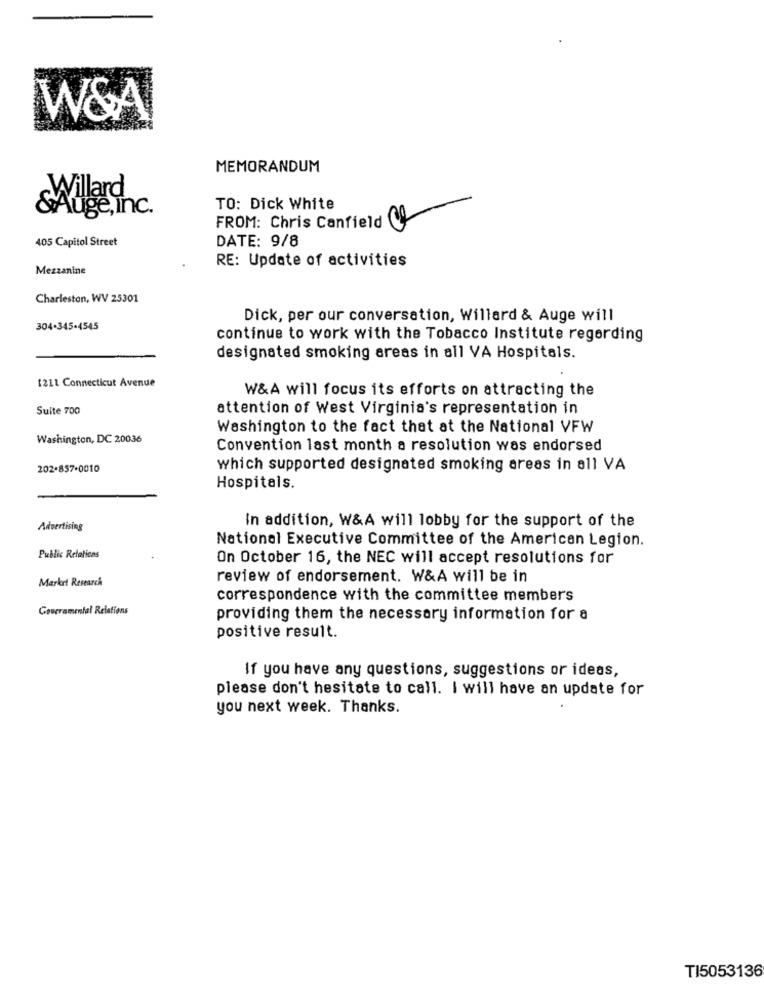
W&A
MEMORANDUM
TO: Dick White
Auge,in
FROM: Chris Canfield
405 Capitol Street
DATE: 9/8
RE: Update of activities
Mezzanine
Charleston, WV 25301
Dick, per our conversation, Willard & Auge will
304-345-4545
continue to work with the Tobacco Institute regarding
designated smoking areas in all VA Hospitals.
1211 Connecticut Avenue
W&A will focus its efforts on attracting the
Suite 700
attention of West Virginia's representation in
Washington to the fact that at the National VFW
Washington, DC 20036
Convention last month a resolution was endorsed
202-857-0010
which supported designated smoking areas in all VA
Hospitals.
In addition, W&A will lobby for the support of the
Advertising
National Executive Committee of the American Legion.
Public Relations
On October 16, the NEC will accept resolutions for
Market Research
review of endorsement. W&A will be in
correspondence with the committee members
Gourramental Relations
providing them the necessary information for a
positive result.
If you have any questions, suggestions or ideas,
please don't hesitate to call. I will have an update for
you next week. Thanks.
TI5053136